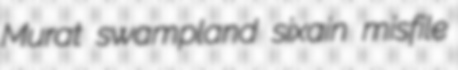
Murat swampland sixain misfile